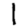
Digit: 1